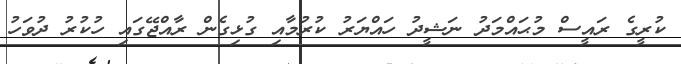
ކުރީގެ ރައީސް މުޙައްމަދު ނަޝީދު ހައްޔަރު ކުރުމާއި ގުޅިގެން ރާއްޖޭގައި ހުކުރު ދުވަހު